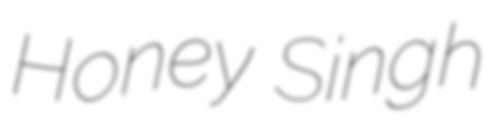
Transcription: Honey Singh